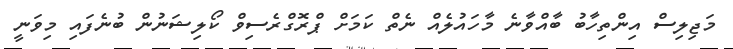
މަޖިލިސް އިންތިހާބު ބާއްވާނެ މާހައުލެއް ނެތް ކަމަށް ޕްރޮގްރެސިވް ކޯލިޝަނުން ބުނެފައި މިވަނީ